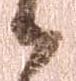
候